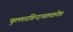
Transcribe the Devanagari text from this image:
फुल्लारविन्दायतपत्रनेत्र।